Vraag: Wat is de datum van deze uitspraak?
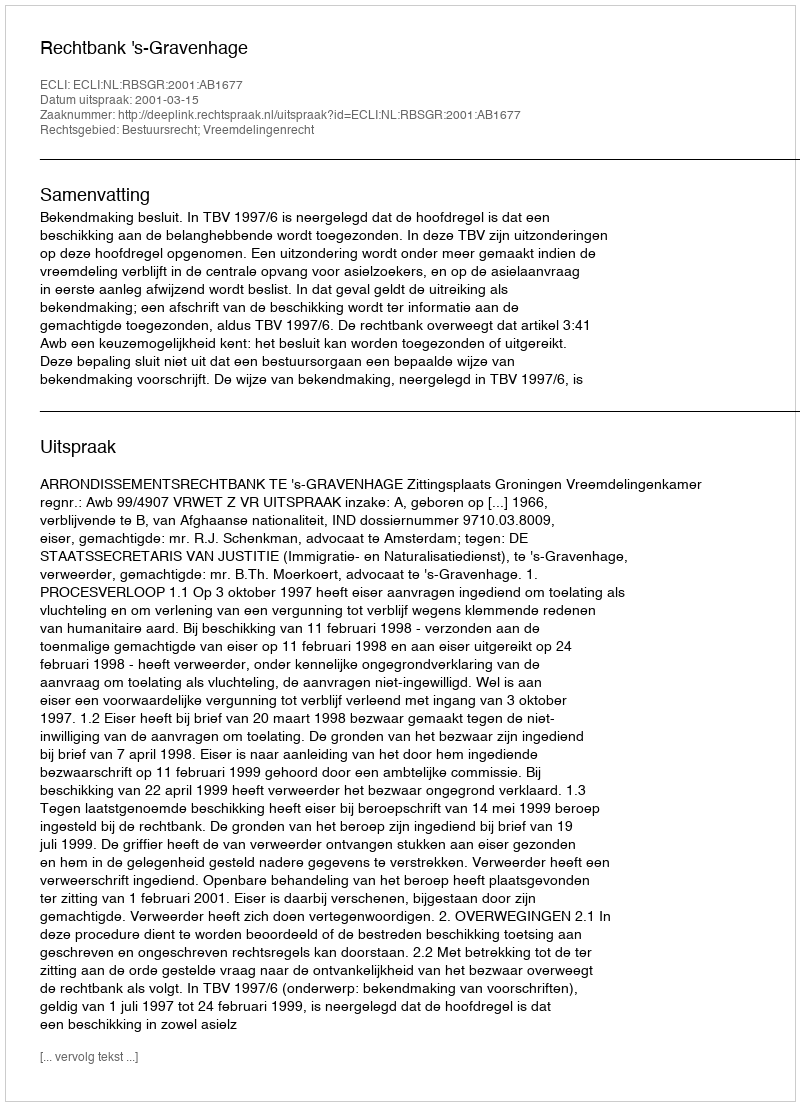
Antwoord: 2001-03-15